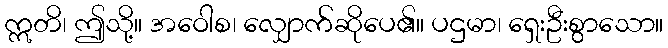
ဣတိ၊ ဤသို့။ အဝေါစ၊ လျှောက်ဆိုပေ၏။ ပဌမာ၊ ရှေးဦးစွာသော။